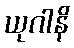
ယုဂါနိ